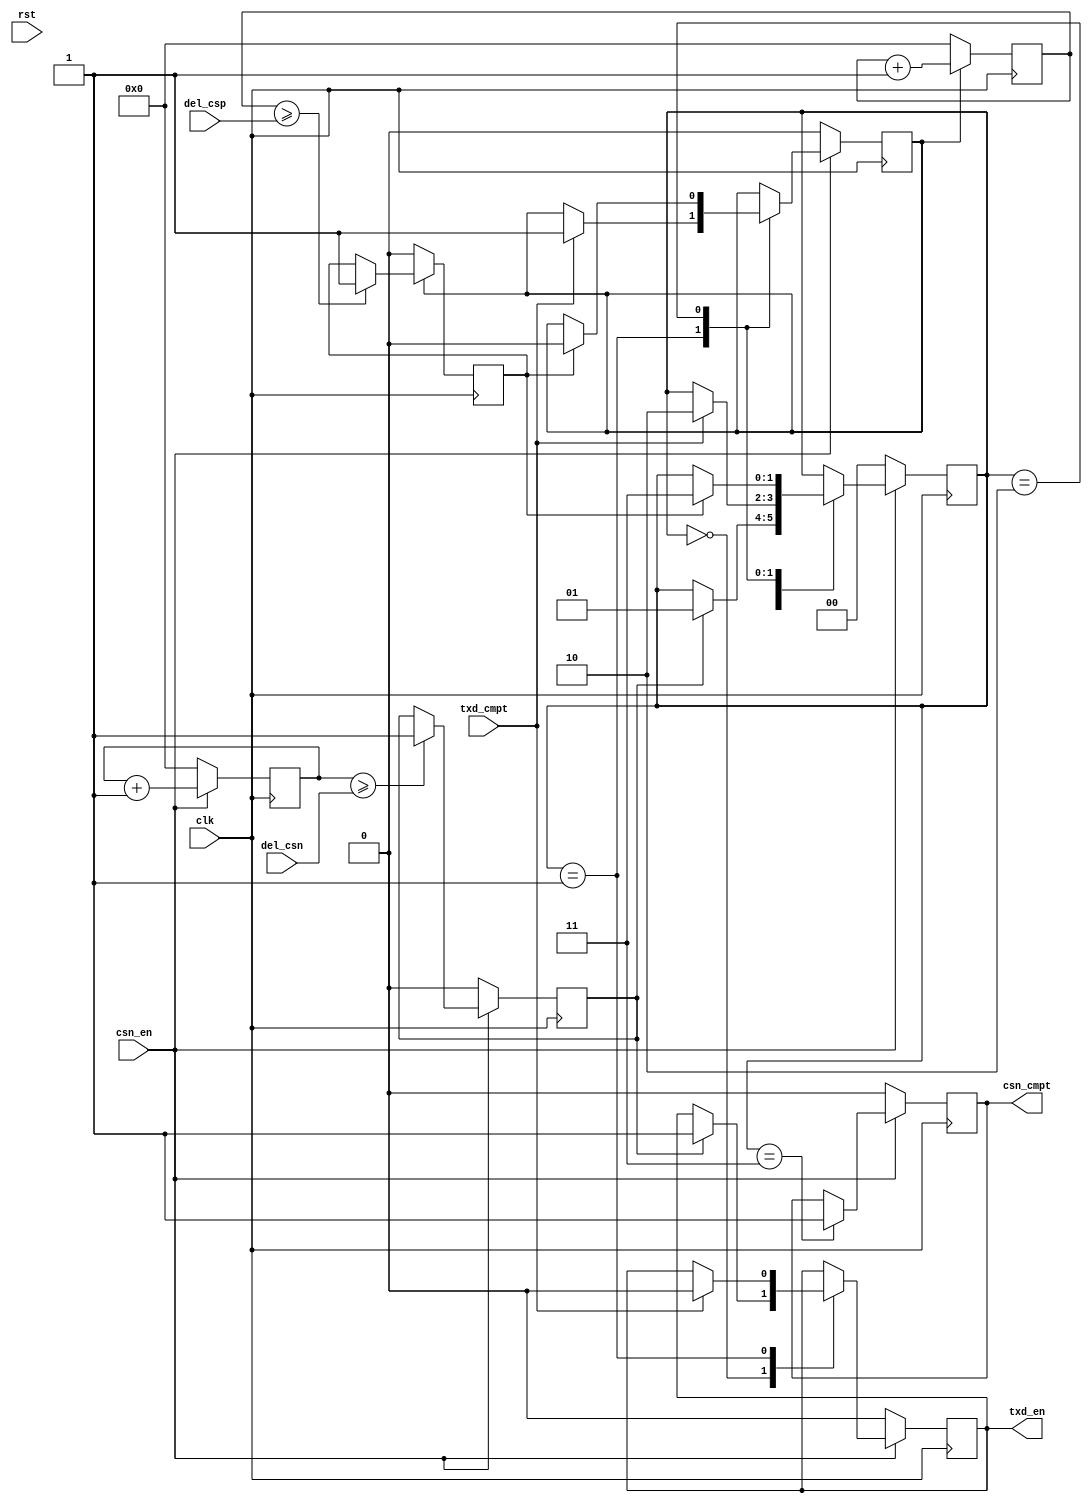
`timescale 1ns / 1ps
//////////////////////////////////////////////////////////////////////////////////
// Company:
// Engineer:
//
// Design Name:
// Module Name: Tspi_tx_csn
// Project Name:
// Target Devices:
// Tool Versions:
// Description:
//
// Dependencies:
//
// Revision:
// Revision 0.01 - File Created
// Additional Comments:
//
//////////////////////////////////////////////////////////////////////////////////


module Tspi_tx_csn
#(
parameter SPI0_2  = 32
)(
input                     clk         ,
input                     rst         ,
input                     csn_en      ,
output                    csn_cmpt    ,
input    [SPI0_2-1:0]     del_csn     ,
input    [SPI0_2-1:0]     del_csp     ,
output                    txd_en      ,
input                     txd_cmpt
    );

reg t_csn_cmpt =0;
reg t_txd_en   =0;

reg[SPI0_2-1:0] del_csn_cnt     =0;
reg             del_csn_cnt_cmpt=0;
reg[SPI0_2-1:0] del_csp_cnt     =0;
reg             del_csp_cnt_en  =0;
reg             del_csp_cnt_cmpt=0;

localparam S_CSN = 0,
           S_TXD = 1,
           S_CSP = 2,
           S_CMP = 3;
reg[1:0] state=S_CSN;
always@(posedge clk)begin
	if(!csn_en)begin
		state          <= S_CSN;
		t_csn_cmpt     <= 0    ;
		t_txd_en       <= 0    ;
		del_csp_cnt_en <= 0    ;
	end else begin
		case(state)
			S_CSN :begin
				if(del_csn_cnt_cmpt)begin
					t_txd_en <= 1    ;
					state    <= S_TXD;
				end
			end
			S_TXD :begin
				if(txd_cmpt)begin
					t_txd_en       <= 0    ;
					del_csp_cnt_en <= 1    ;
					state          <= S_CSP;
				end
			end
			S_CSP :begin
				if(del_csp_cnt_cmpt)begin
					del_csp_cnt_en <= 0    ;
					state          <= S_CMP;
				end
			end
			S_CMP :begin
				t_csn_cmpt <= 1;
			end
		endcase
	end
end

always@(posedge clk)begin
	if(!csn_en)begin
		del_csn_cnt      <= 0;
		del_csn_cnt_cmpt <= 0;
	end else begin
		del_csn_cnt <= del_csn_cnt + 1;
		if(del_csn_cnt>=del_csn)begin
			del_csn_cnt_cmpt <= 1;
		end
	end
end

always@(posedge clk)begin
	if(!del_csp_cnt_en)begin
		del_csp_cnt      <= 0;
		del_csp_cnt_cmpt <= 0;
	end else begin
		del_csp_cnt <= del_csp_cnt + 1;
		if(del_csp_cnt>=del_csp)begin
			del_csp_cnt_cmpt <= 1;
		end
	end
end

assign csn_cmpt = t_csn_cmpt;
assign txd_en   = t_txd_en  ;

endmodule